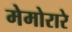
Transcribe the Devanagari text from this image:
मेमोरारे